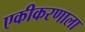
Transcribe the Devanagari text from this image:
एकीकरणाला